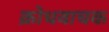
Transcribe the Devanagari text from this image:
क्रोधवाचक